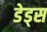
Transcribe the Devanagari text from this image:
डेड्स